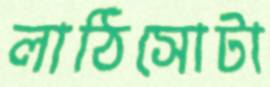
লাঠিসোটা